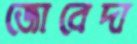
জোবেদা